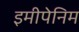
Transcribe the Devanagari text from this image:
इमीपेनिम